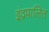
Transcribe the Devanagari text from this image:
इंद्रपालित